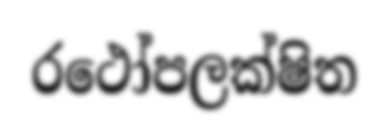
රථෝපලක්ෂිත